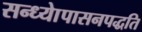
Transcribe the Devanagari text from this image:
सन्ध्याेपासनपद्धति